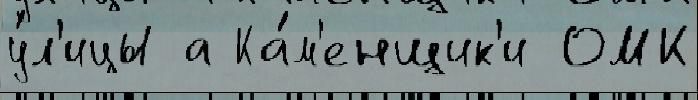
у́л'ицы а Ка́м'енщик'и ОМК